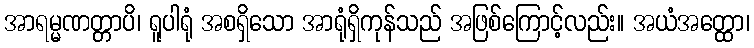
အာရမ္မဏတ္တာပိ၊ ရူပါရုံ အစရှိသော အာရုံရှိကုန်သည် အဖြစ်ကြောင့်လည်း။ အယံအတ္ထော၊